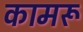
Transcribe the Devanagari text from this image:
कामरू